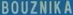
BOUZNÍKA